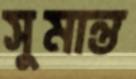
সুমান্ত